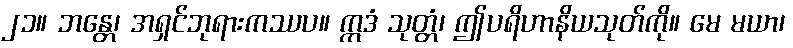
၂၁။ ဘန္တေ၊ အရှင်ဘုရားကဿပ။ ဣဒံ သုတ္တံ၊ ဤပရိဟာနိယသုတ်ကို။ မေ မယာ၊